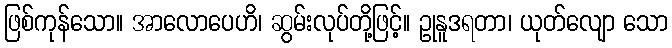
ဖြစ်ကုန်သော။ အာလောပေဟိ၊ ဆွမ်းလုပ်တို့ဖြင့်။ ဥုနူဒရတာ၊ ယုတ်လျော သော